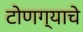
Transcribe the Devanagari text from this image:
टोणग्याचे